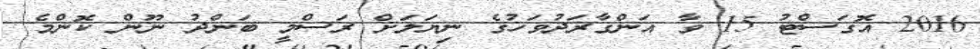
2016 އޮގަސްޓު 15 ވާ އަންގާރަދުވަހުގެ ނިޔަލަށް ރަސްމީ ބަންދު ނޫން ކޮންމެ